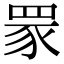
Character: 𦊽